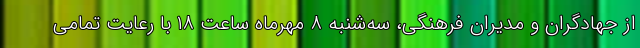
از جهادگران و مدیران فرهنگی، سه‌شنبه ۸ مهرماه ساعت ۱۸ با رعایت تمامی